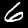
Digit: 6